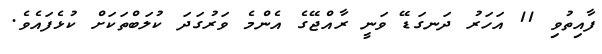
ފާއިތުވި 11 އަހަރު ދަނގަޑޭ ވަނީ ރާއްޖޭގެ އެންމެ ވަރުގަދަ ކުލަބްތަކަށް ކުޅެފައެވެ.